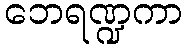
ဘေရဏ္ဍကာ